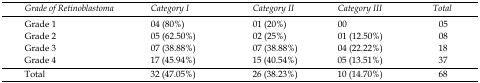
<table><thead><tr><td><b>Grade of Retinoblastoma</b></td><td><b>Category I</b></td><td><b>Category II</b></td><td><b>Category III</b></td><td><b>Total</b></td></tr></thead><tbody><tr><td>Grade 1</td><td>04 (80%)</td><td>01 (20%)</td><td>00</td><td>05</td></tr><tr><td>Grade 2</td><td>05 (62.50%)</td><td>02 (25%)</td><td>01 (12.50%)</td><td>08</td></tr><tr><td>Grade 3</td><td>07 (38.88%)</td><td>07 (38.88%)</td><td>04 (22.22%)</td><td>18</td></tr><tr><td>Grade 4</td><td>17 (45.94%)</td><td>15 (40.54%)</td><td>05 (13.51%)</td><td>37</td></tr><tr><td>Total</td><td>32 (47.05%)</td><td>26 (38.23%)</td><td>10 (14.70%)</td><td>68</td></tr></tbody></table>